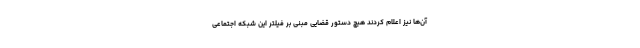
آن‌ها نیز اعلام کردند هیچ دستور قضایی مبنی بر فیلتر این شبکه اجتماعی